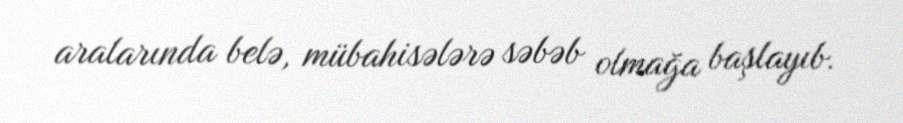
aralarında belə, mübahisələrə səbəb olmağa başlayıb.